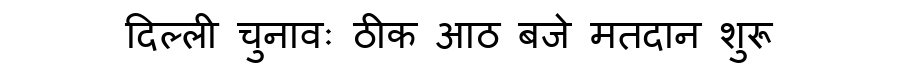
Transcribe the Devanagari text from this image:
दिल्ली चुनावः ठीक आठ बजे मतदान शुरू